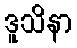
ဒူသိနာ